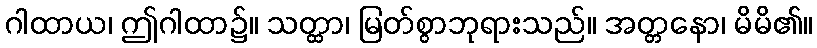
ဂါထာယ၊ ဤဂါထာ၌။ သတ္ထာ၊ မြတ်စွာဘုရားသည်။ အတ္တနော၊ မိမိ၏။